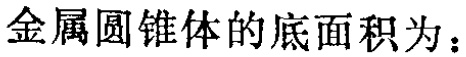
金属圆锥体的底面积为：